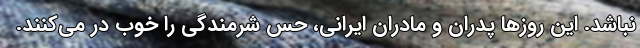
نباشد. این روزها پدران و مادران ایرانی، حس شرمندگی را خوب در می‌کنند.